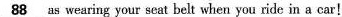
\underline{88} as wearing your seat belt when you ride in a car!